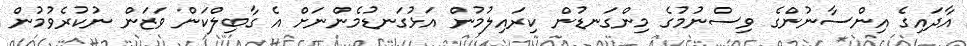
އާދައިގެ އިންސާނުންގެ ވިސްނުމުގެ މިންގަނޑުން ކިރައިލުމުން އަޅުގަނޑުމެންނަށް އެ ގާބިލްކަން ވަޒަން ނުކުރެވުމުން